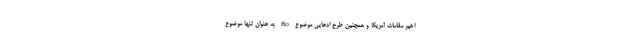
اخیر مقامات آمریکا و همچنین طرح ادعایی موضوع fto به عنوان تنها موضوع